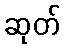
ဆုတ်